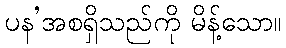
ပန’အစရှိသည်ကို မိန့်သော။